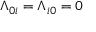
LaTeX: \Lambda _ { 0 i } = \Lambda _ { i 0 } = 0